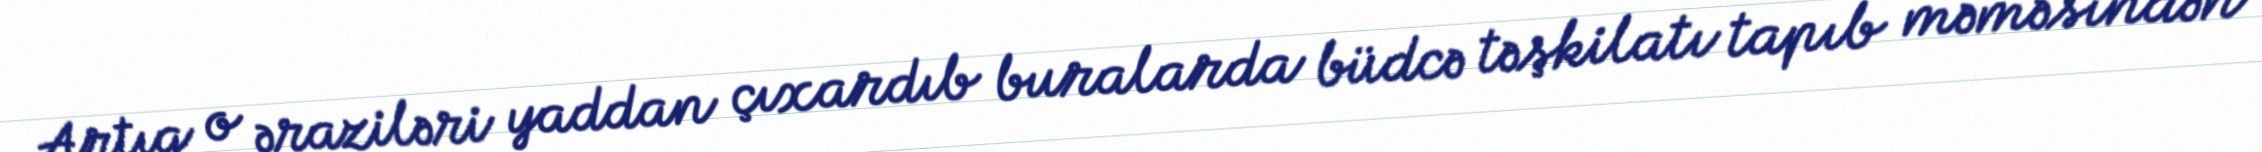
Artıq o əraziləri yaddan çıxardıb buralarda büdcə təşkilatı tapıb məməsindən